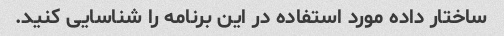
ساختار داده مورد استفاده در این برنامه را شناسایی کنید.